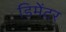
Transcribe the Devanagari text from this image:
डिमेंटर